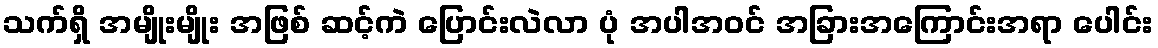
သက်ရှိ အမျိုးမျိုး အဖြစ် ဆင့်ကဲ ပြောင်းလဲလာ ပုံ အပါအဝင် အခြားအကြောင်းအရာ ပေါင်း